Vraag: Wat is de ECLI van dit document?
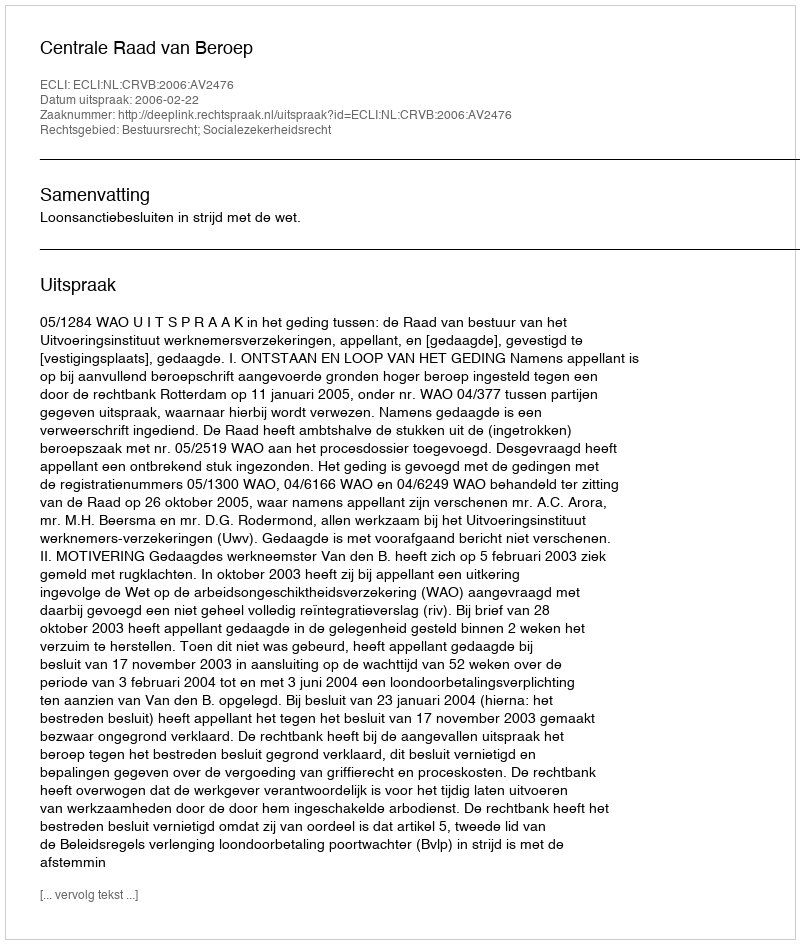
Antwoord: ECLI:NL:CRVB:2006:AV2476